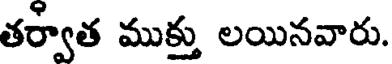
తర్వాత ముక్తు లయినవారు.